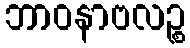
ဘာဝနာဗလဉ္စ